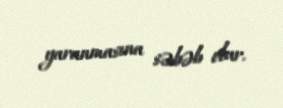
yaranmasına səbəb olur.